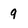
Character: 9